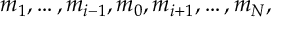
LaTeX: m _ { 1 } , \ldots , m _ { i - 1 } , m _ { 0 } , m _ { i + 1 } , \ldots , m _ { N } ,